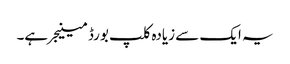
یہ ایک سے زیادہ کلپ بورڈ مینیجر ہے۔